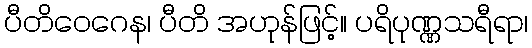
ပီတိဝေဂေန၊ ပီတိ အဟုန်ဖြင့်။ ပရိပုဏ္ဏသရီရာ၊